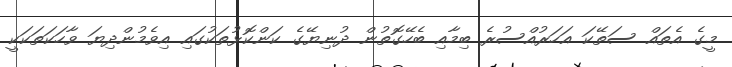
މީގެ އެތައް ސަތޭކަ އަހަރުއްސުރެ ބިމާއި ބެހޭގޮތުން ދުނިޔޭގެ ކަންކޮޅުތަކުގައި އިވެމުންދިޔަ ވާހަކަތަކަކީ